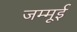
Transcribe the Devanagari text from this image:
जम्मूई